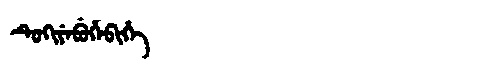
Manchu: ᡨᡠᡴᡳᠶᡝᠪᡠᡥᡝᠪᡳᡥᡝ
Romanization: TUKIYEBUHEBIHE